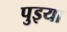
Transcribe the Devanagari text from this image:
पुइया